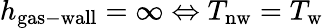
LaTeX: h_{\mathrm{gas-wall}}=\infty\Leftrightarrow T_{\mathrm{nw}}=T_{\mathrm{w}}